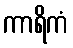
ကာရိကံ